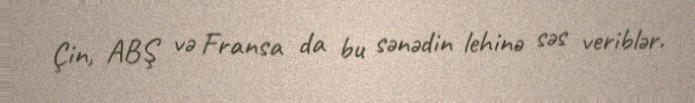
Çin, ABŞ və Fransa da bu sənədin lehinə səs veriblər.